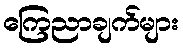
ကြေညာချက်များ